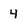
Character: 4